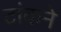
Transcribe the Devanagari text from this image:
टांकने